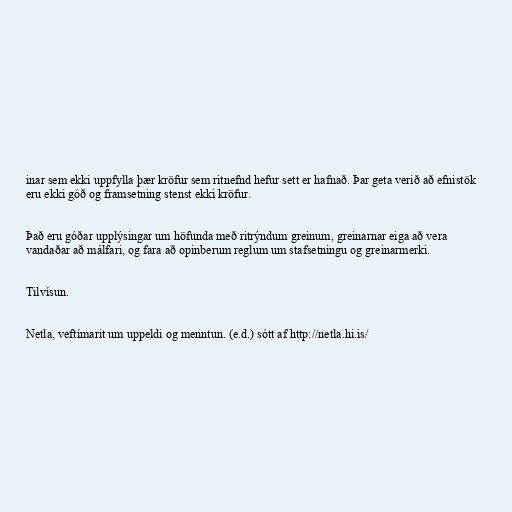
inar sem ekki uppfylla þær kröfur sem ritnefnd hefur sett er hafnað. Þar geta verið að efnistök
eru ekki góð og framsetning stenst ekki kröfur.

Það eru góðar upplýsingar um höfunda með ritrýndum greinum, greinarnar eiga að vera
vandaðar að málfari, og fara að opinberum reglum um stafsetningu og greinarmerki.

Tilvísun.

Netla, veftímarit um uppeldi og menntun. (e.d.) sótt af http://netla.hi.is/